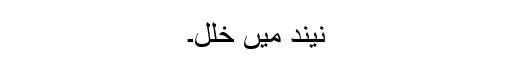
نیند میں خلل۔